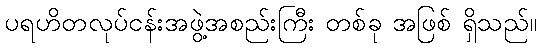
ပရဟိတလုပ်ငန်းအဖွဲ့အစည်းကြီး တစ်ခု အဖြစ် ရှိသည်။